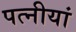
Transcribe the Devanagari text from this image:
पत्नीयां